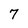
Character: 7